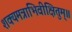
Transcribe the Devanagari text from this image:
शक्यमत्राभिवीक्षितुम्॥